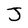
Character: J